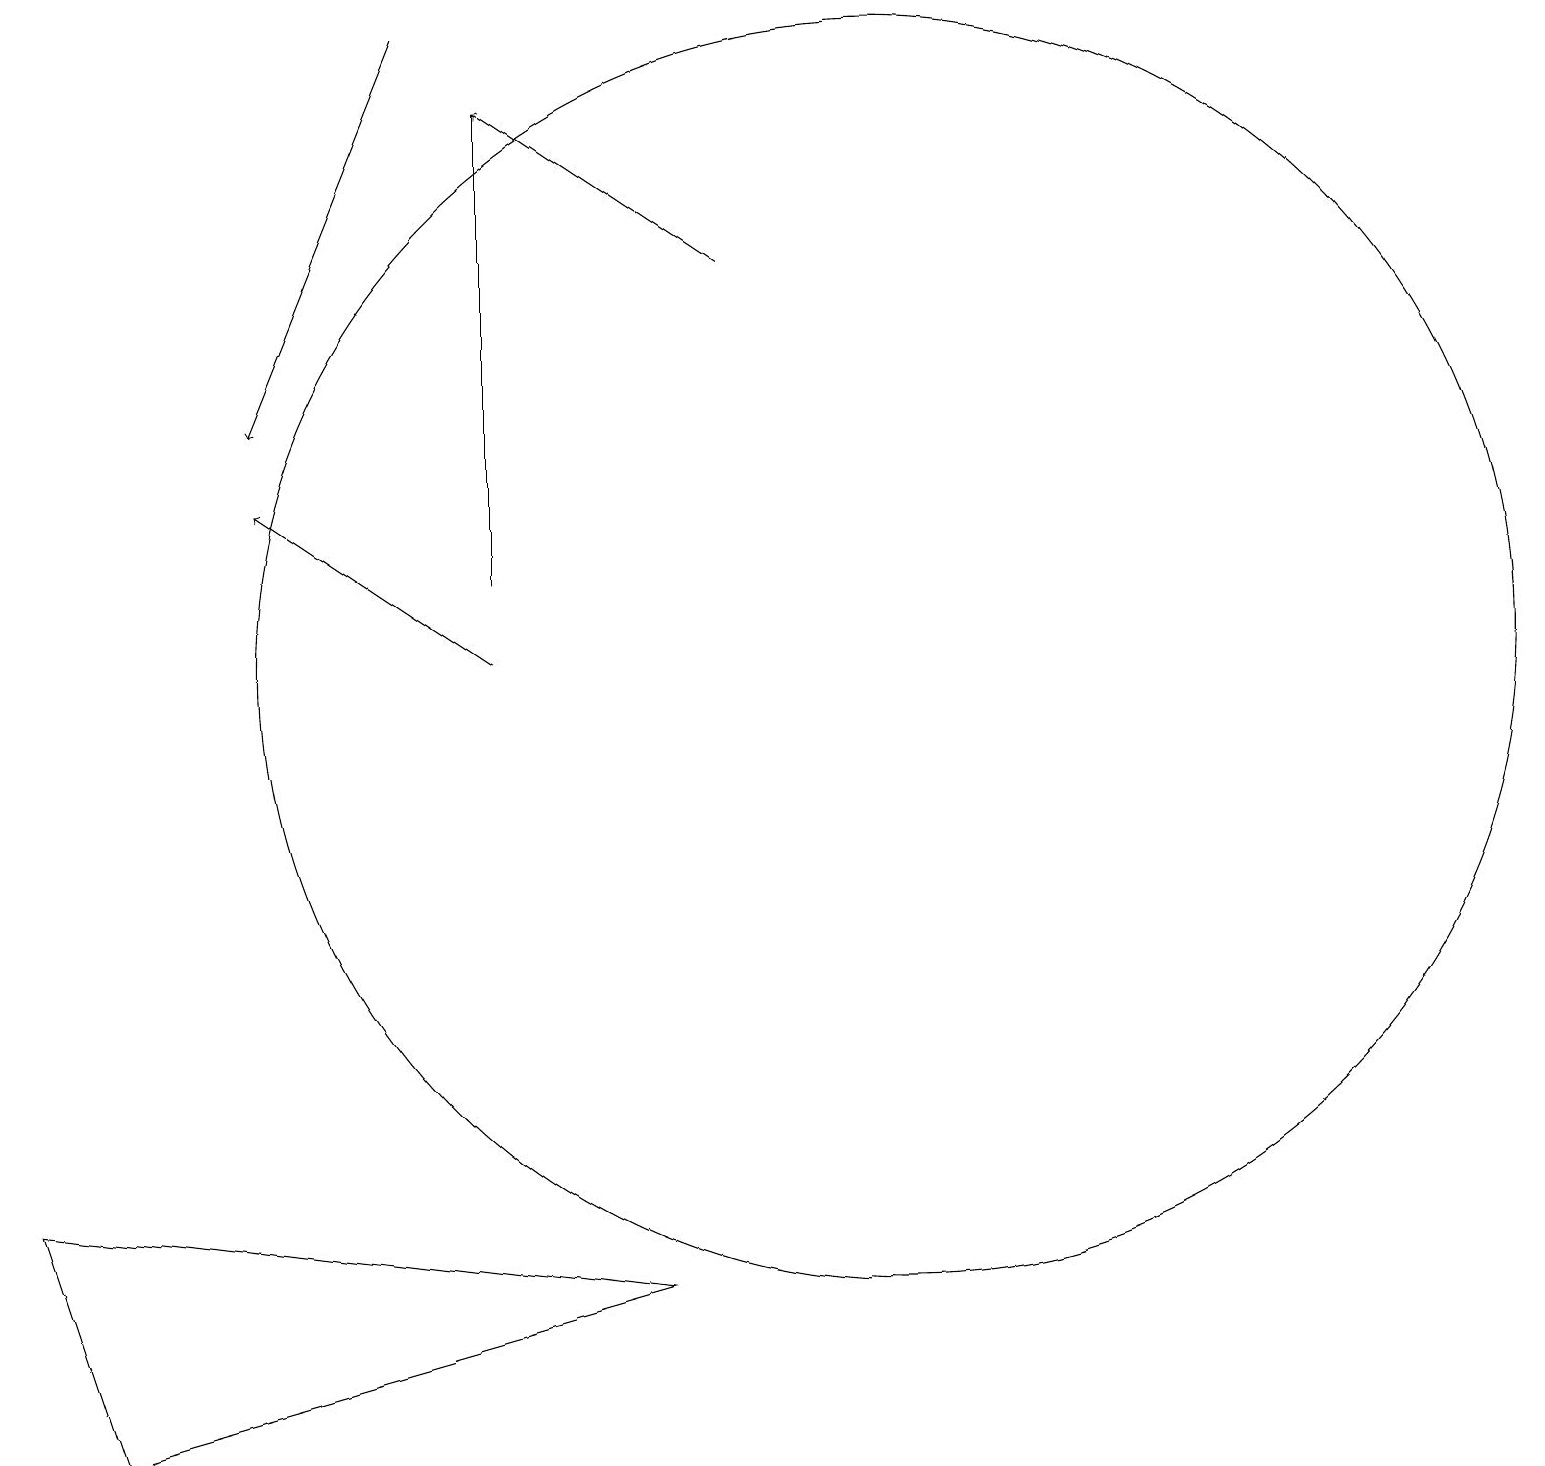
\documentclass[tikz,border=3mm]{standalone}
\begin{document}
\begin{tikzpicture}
\draw[->] (5,18) -- (3,13);
\draw (0,3) -- (1,0) -- (8,2) -- cycle;
\draw[->] (6,10) -- (3,12);
\draw (11,10) circle (8);
\draw (6,17) rectangle (6,11);
\draw[->] (9,15) -- (6,17);
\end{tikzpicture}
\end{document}